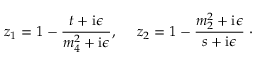
z _ { 1 } = 1 - \frac { t + \mathrm { i } \epsilon } { m _ { 4 } ^ { 2 } + \mathrm { i } \epsilon } , ~ ~ ~ ~ z _ { 2 } = 1 - \frac { m _ { 2 } ^ { 2 } + \mathrm { i } \epsilon } { s + \mathrm { i } \epsilon } \; \cdot